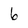
Character: 6